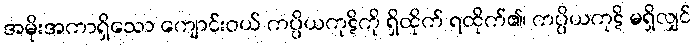
အမိုးအကာရှိသော ကျောင်းဝယ် ကပ္ပိယကုဋိကို ရှိထိုက် ရထိုက်၏၊ ကပ္ပိယကုဋိ မရှိလျှင်